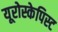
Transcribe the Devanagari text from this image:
यूरोस्केपिस्ट